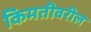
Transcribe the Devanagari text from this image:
किमतीवरील